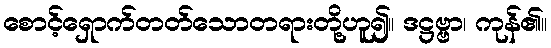
စောင့်ရှောက်တတ်သောတရားတို့ဟူ၍။ ဒဋ္ဌဗ္ဗာ၊ ကုန်၏။